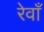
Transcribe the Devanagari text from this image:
रेवाँ